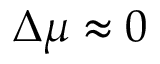
\Delta \mu \approx 0